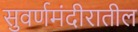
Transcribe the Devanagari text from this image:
सुवर्णमंदीरातील